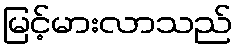
မြင့်မားလာသည်